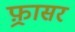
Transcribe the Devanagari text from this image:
फ़्रासर